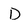
Character: D